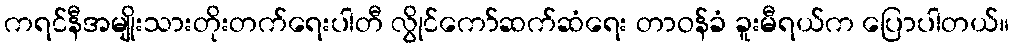
ကရင်နီအမျိုးသားတိုးတက်ရေးပါတီ လွိုင်ကော်ဆက်ဆံရေး တာဝန်ခံ ခူးမီရယ်က ပြောပါတယ်။